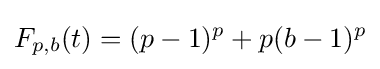
F_{p,b}(t)=(p-1)^{p}+p(b-1)^{p}